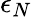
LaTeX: \epsilon_{N}